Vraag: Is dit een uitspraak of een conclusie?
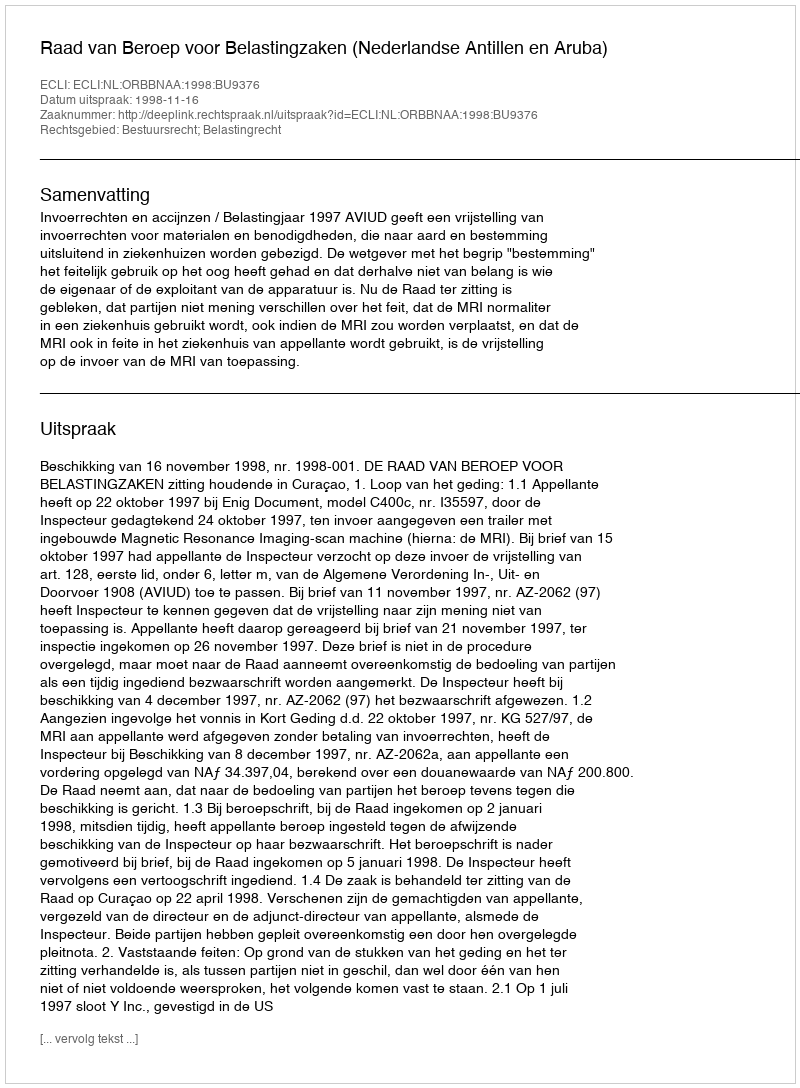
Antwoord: Uitspraak